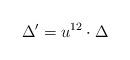
LaTeX: \begin{align*}\Delta'=u^{12}\cdot{\Delta}\end{align*}